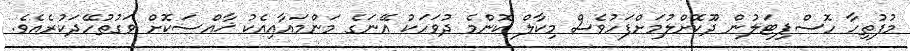
މުފުތިހާ ހޮސްޕިޓަލުން ދޫކޮށްލުމަށްފަހުވެސް މިކާލް ކޮންމެ ދުވަހަކު އޭނަގެ މަންމައާއިއެކު ޚާއްސަކޮށް ވަގުތުހޭދަކުރެއެވެ.